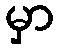
မှာ